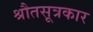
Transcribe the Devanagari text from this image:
श्रौतसूत्रकार